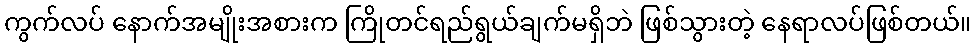
ကွက်လပ် နောက်အမျိုးအစားက ကြိုတင်ရည်ရွယ်ချက်မရှိဘဲ ဖြစ်သွားတဲ့ နေရာလပ်ဖြစ်တယ်။